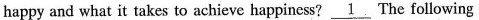
happy and what it takes to achieve happiness?\underline{1}The following